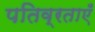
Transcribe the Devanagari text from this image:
पतिव्रताएँ